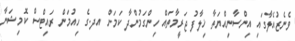
ވެނެޒުއެލާގައި އިންސާނިއްޔަތާ ޚިލާފު ޖަރީމާތައް ހިންގަމުންދާ ކަމަށް އދ.ގެ ހިއުމަން ރައިޓްސް ކޮމިޝަނާ